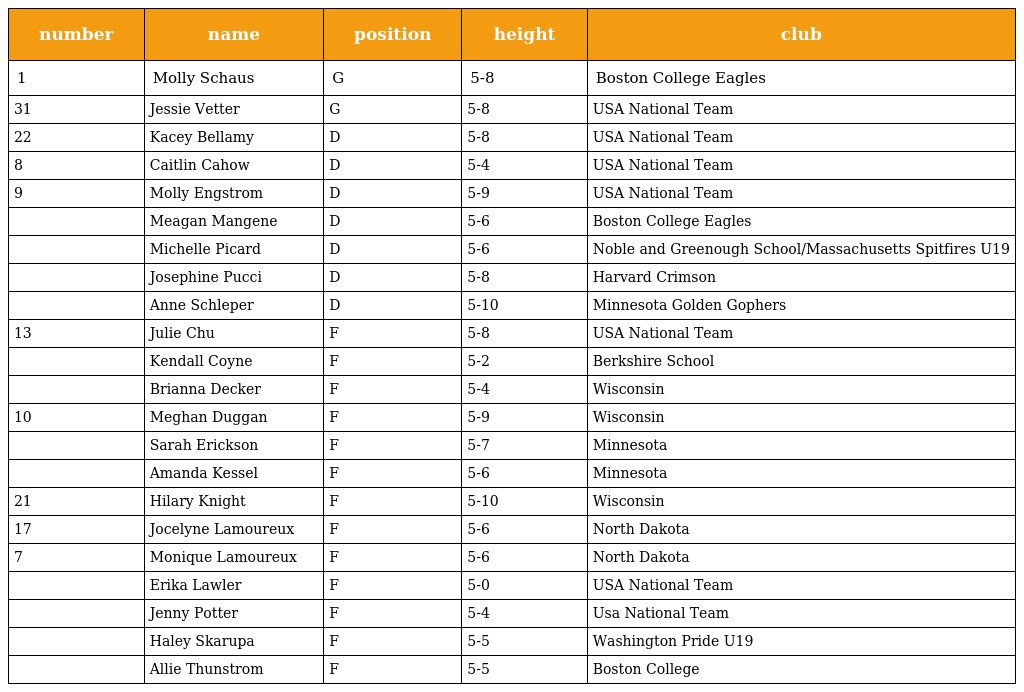
| number | name | position | height | club |
 | --- | --- | --- | --- | --- |
 | 1 | Molly Schaus | G | 5-8 | Boston College Eagles |
 | 31 | Jessie Vetter | G | 5-8 | USA National Team |
 | 22 | Kacey Bellamy | D | 5-8 | USA National Team |
 | 8 | Caitlin Cahow | D | 5-4 | USA National Team |
 | 9 | Molly Engstrom | D | 5-9 | USA National Team |
 |  | Meagan Mangene | D | 5-6 | Boston College Eagles |
 |  | Michelle Picard | D | 5-6 | Noble and Greenough School/Massachusetts Spitfires U19 |
 |  | Josephine Pucci | D | 5-8 | Harvard Crimson |
 |  | Anne Schleper | D | 5-10 | Minnesota Golden Gophers |
 | 13 | Julie Chu | F | 5-8 | USA National Team |
 |  | Kendall Coyne | F | 5-2 | Berkshire School |
 |  | Brianna Decker | F | 5-4 | Wisconsin |
 | 10 | Meghan Duggan | F | 5-9 | Wisconsin |
 |  | Sarah Erickson | F | 5-7 | Minnesota |
 |  | Amanda Kessel | F | 5-6 | Minnesota |
 | 21 | Hilary Knight | F | 5-10 | Wisconsin |
 | 17 | Jocelyne Lamoureux | F | 5-6 | North Dakota |
 | 7 | Monique Lamoureux | F | 5-6 | North Dakota |
 |  | Erika Lawler | F | 5-0 | USA National Team |
 |  | Jenny Potter | F | 5-4 | Usa National Team |
 |  | Haley Skarupa | F | 5-5 | Washington Pride U19 |
 |  | Allie Thunstrom | F | 5-5 | Boston College |